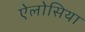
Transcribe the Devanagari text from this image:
ऐलोसिया